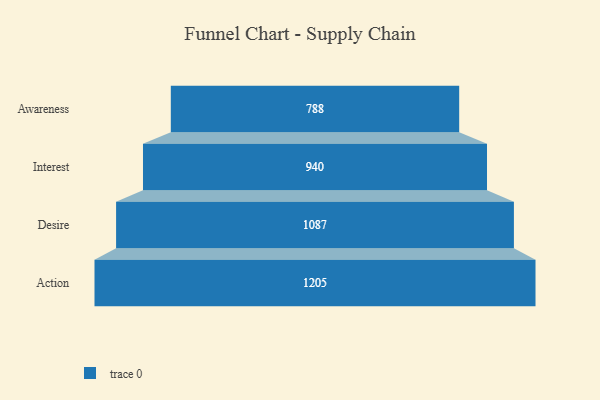
{"axis": {"x": "Stage", "y": "Value"}, "legend": [""], "data": [{"x": "Awareness", "y": 788.0, "type": ""}, {"x": "Interest", "y": 940.0, "type": ""}, {"x": "Desire", "y": 1087.0, "type": ""}, {"x": "Action", "y": 1205.0, "type": ""}]}